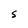
Character: S